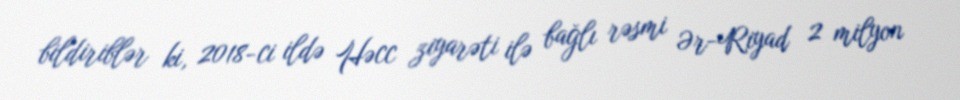
bildiriblər ki, 2018-ci ildə Həcc ziyarəti ilə bağlı rəsmi Ər-Riyad 2 milyon